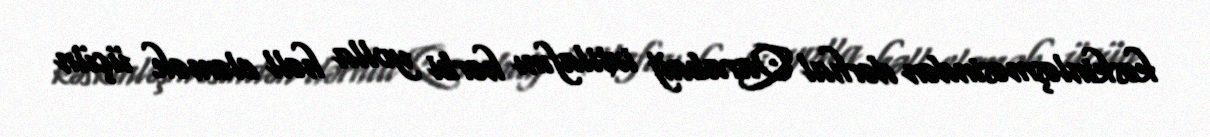
kəskinləşməsindən dərhal Qarabağ ixtilafını hərbi yolla həll eləmək üçün